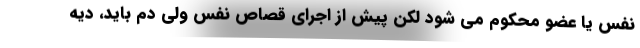
نفس یا عضو محکوم می شود لکن پیش از اجرای قصاص نفس ولی دم باید، دیه